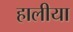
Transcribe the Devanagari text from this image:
हालीया